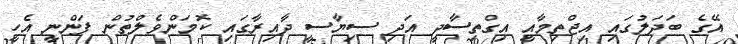
އޭގެ ބަދަލުގައި އިޖްތިމާއީ އިގްތިސާދީ އަދި ސިޔާސީ ދާއިރާގައި ކޮމަންވެލްތުން ފަންނީ އެހީ